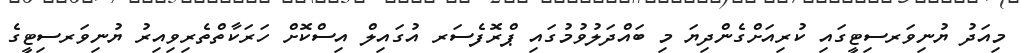
މިއަދު ޔުނިވަރސިޓީގައި ކުރިއަށްގެންދިޔަ މި ބައްދަލުވުމުގައި ޕްރޮފެސަރ އުގައިލް އިސްކޮށް ހަރަކާތްތެރިވިއިރު ޔުނިވަރސިޓީގެ